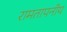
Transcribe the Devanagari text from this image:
रामतापनीय